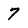
Character: 7